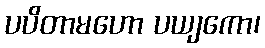
ပပိတာမဟော ပယျကော၊